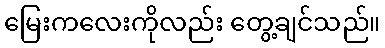
မြေးကလေးကိုလည်း တွေ့ချင်သည်။